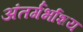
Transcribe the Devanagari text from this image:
अंतर्गर्भाशय